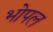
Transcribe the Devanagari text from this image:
भोपल